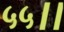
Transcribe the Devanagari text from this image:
५५।।